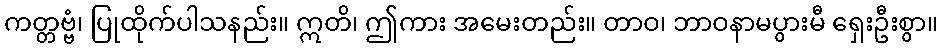
ကတ္တဗ္ဗံ၊ ပြုထိုက်ပါသနည်း။ ဣတိ၊ ဤကား အမေးတည်း။ တာဝ၊ ဘာဝနာမပွားမီ ရှေးဦးစွာ။